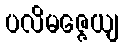
ပလိမဇ္ဇေယျ